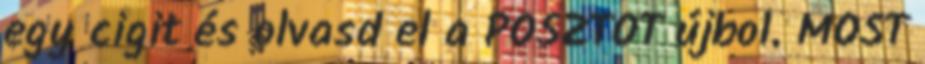
egy cigit és olvasd el a POSZTOT újbol. MOST